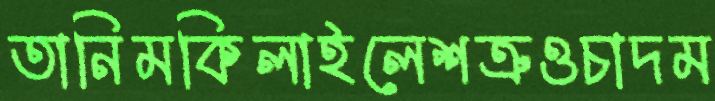
তানিমকিলাইলেশত্রুওচাদম